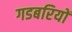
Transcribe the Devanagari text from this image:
गडबरियों